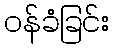
ဝန်ခံခြင်း